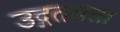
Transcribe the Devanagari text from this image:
उद्गतमता